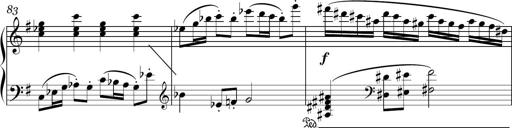
Title: Sonatina in E minor
Composer: Shuwen Zhang
Key: E minor